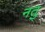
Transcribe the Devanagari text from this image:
नतु